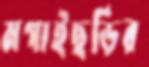
মগাইছড়ির